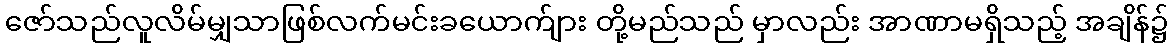
ဇော်သည်လူလိမ်မျှသာဖြစ်လက်မင်းခယောက်ျား တို့မည်သည် မှာလည်း အာဏာမရှိသည့် အချိန်၌